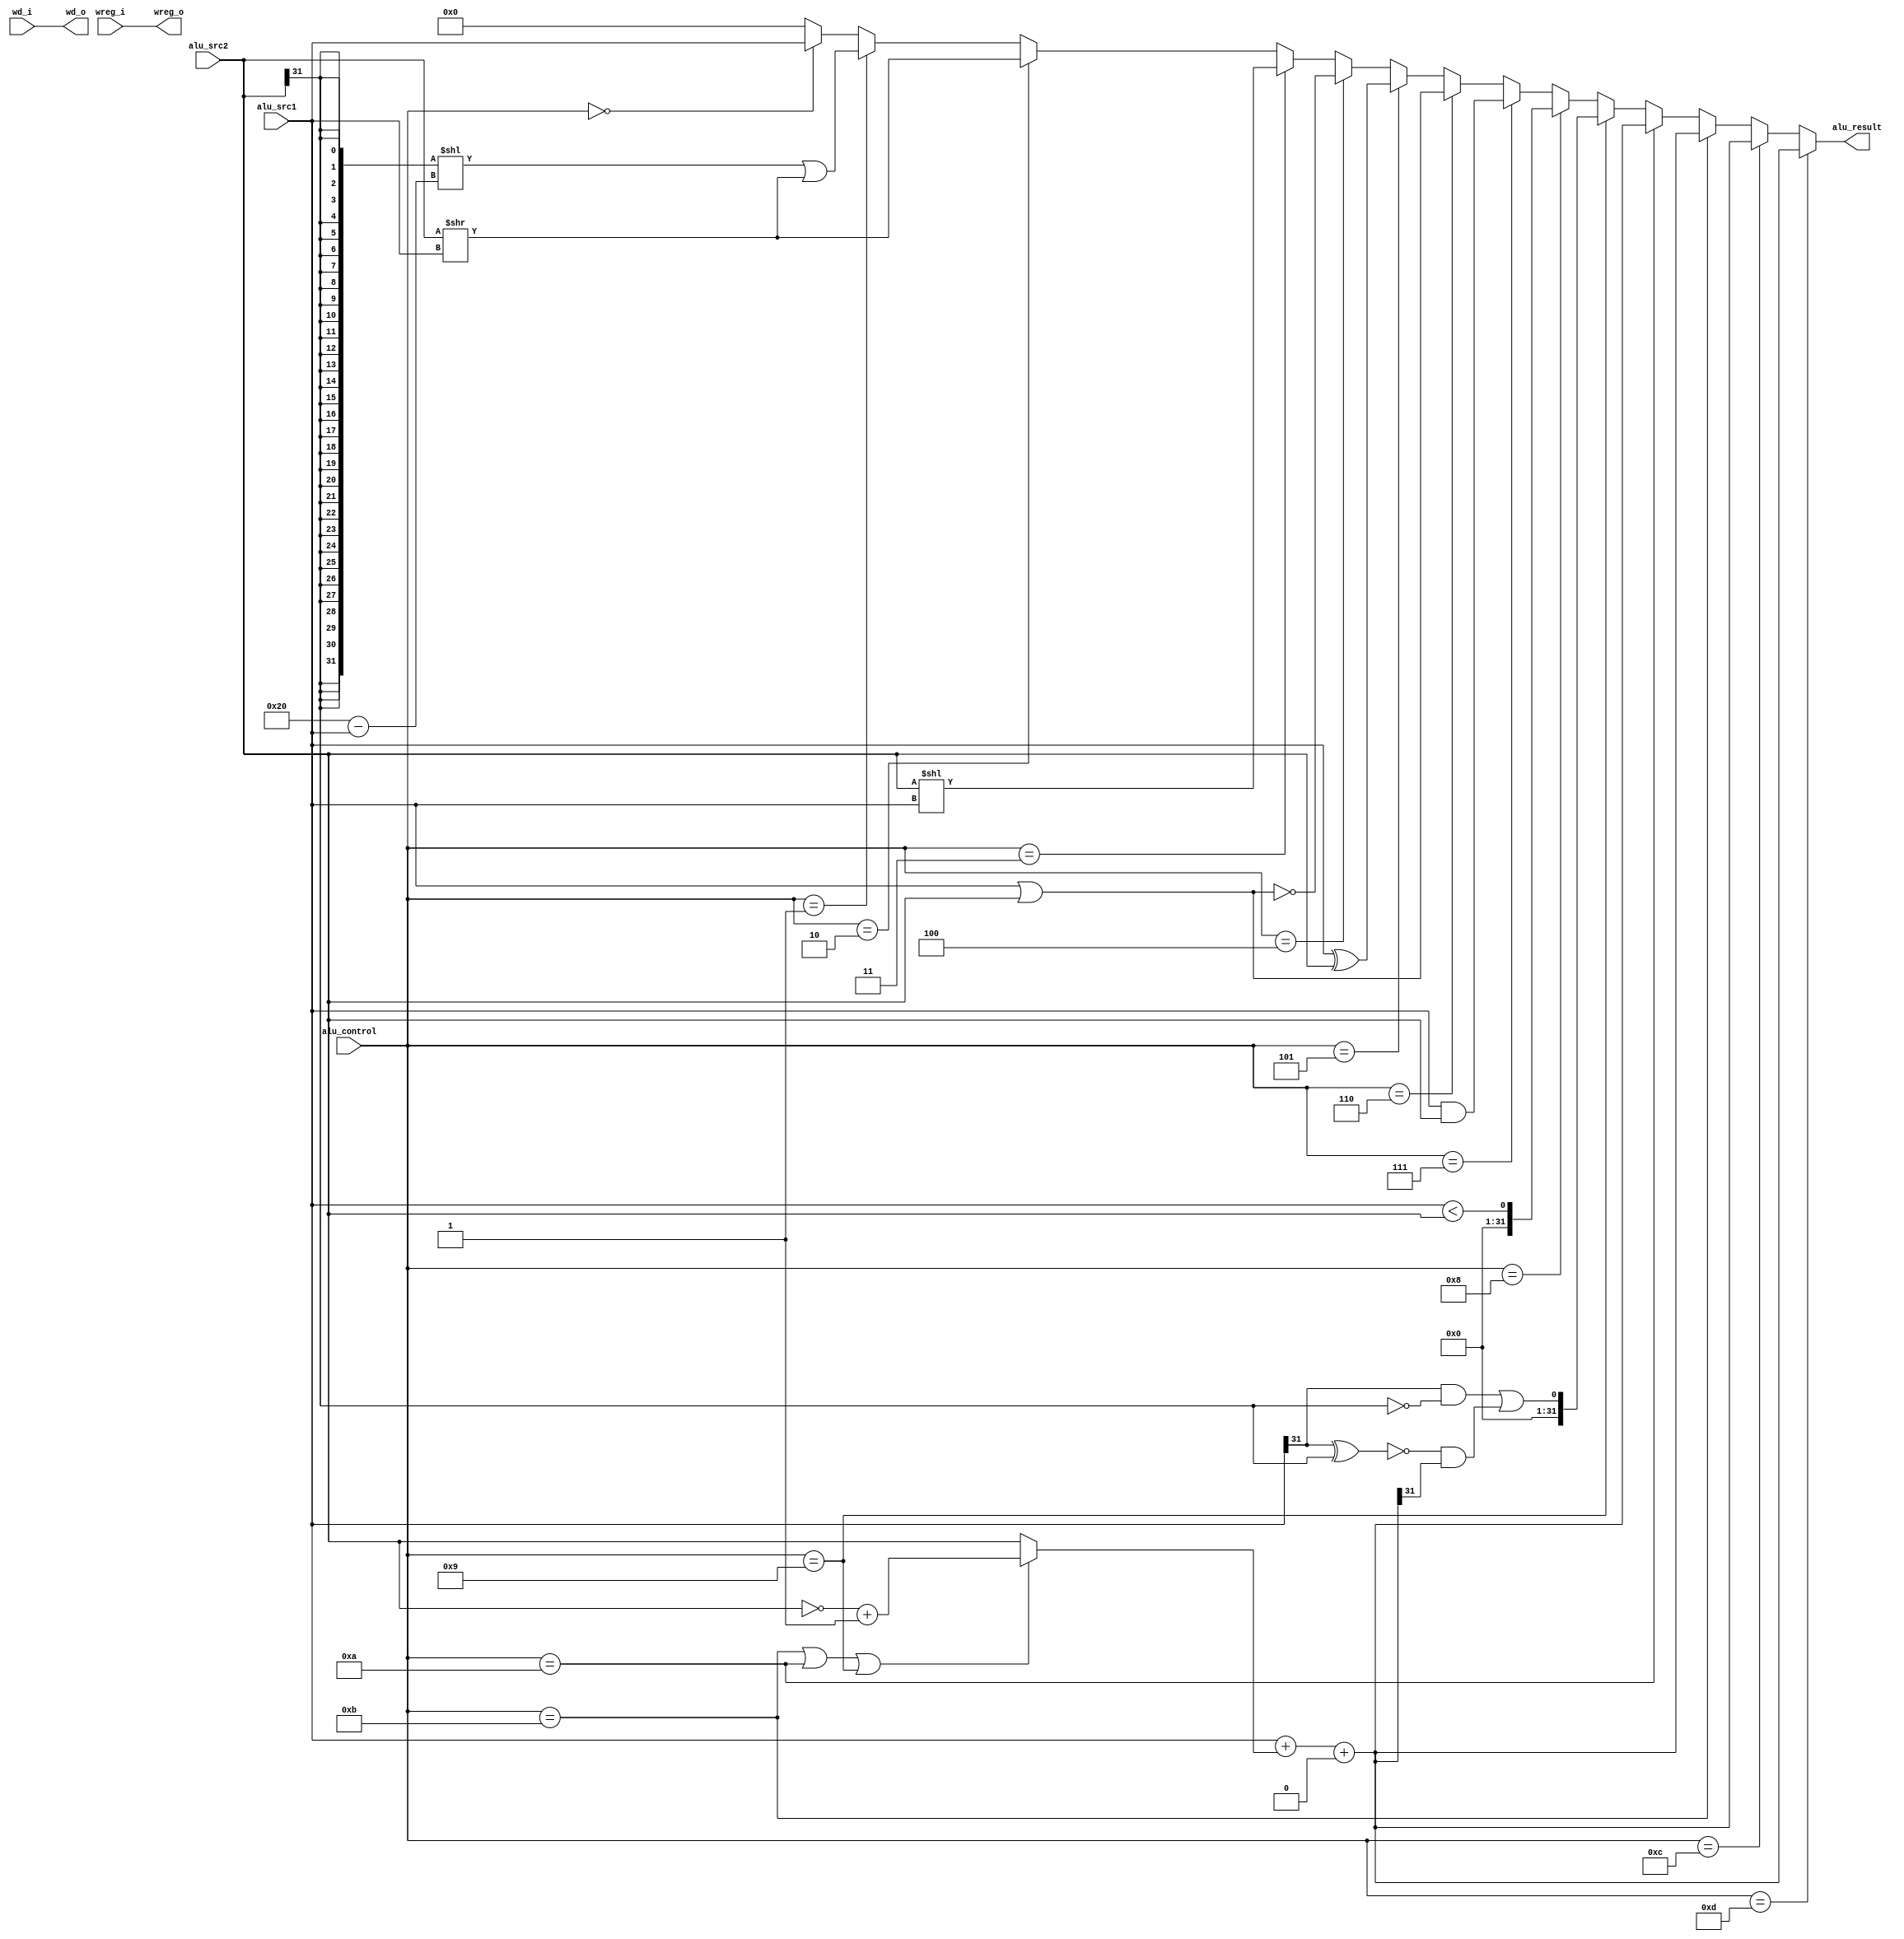
`timescale 1ns / 1ps

module alu(
    input wire[3:0] alu_control,
    input wire[31:0] alu_src1,
    input wire[31:0] alu_src2,
    input wire[4:0] wd_i,
    input wire wreg_i,
    output wire[31:0] alu_result,
    output wire[4:0] wd_o,
    output wire wreg_o
    );
    assign wd_o=wd_i;
    assign wreg_o=wreg_i;
    wire[31:0] add_sub_result;
    wire[31:0] slt_result;
    wire[31:0] sltu_result;
    wire[31:0] and_result;
    wire[31:0] or_result;
    wire[31:0] xor_result;
    wire[31:0] nor_result;
    wire[31:0] sll_result;
    wire[31:0] srl_result;
    wire[31:0] sra_result;
    wire[31:0] lui_result;
    assign sltu_result[31:1]=31'b0;
    assign sltu_result[0]=(alu_src1<alu_src2);
    
    assign and_result=alu_src1&alu_src2;
    assign or_result=alu_src1|alu_src2;
    assign xor_result=alu_src1^alu_src2;
    assign nor_result=~(alu_src1|alu_src2);
    assign sll_result=alu_src2<<alu_src1;
    assign srl_result=alu_src2>>alu_src1;
    assign lui_result=alu_src1;
    assign sra_result=({32{alu_src2[31]}}<<(32'd32-alu_src1))
                        |(alu_src2>>alu_src1);
    wire[31:0] adder_result;
    wire adder_cout;
    wire adder_cin;
    wire[31:0] adder_a;
    wire[31:0] adder_b;
    assign adder_a=alu_src1;
    assign adder_b=(alu_control==11)||
                    (alu_control==10)||
                    (alu_control==9)?
                    ~alu_src2+1:alu_src2;
    assign adder_cin=0;
    assign {adder_cout,adder_result}
    =adder_a+adder_b+adder_cin;
    
    assign add_sub_result=adder_result;
    assign slt_result[31:1]=31'b0;
    assign slt_result[0]=(alu_src1[31]&&~alu_src2[31])
                        ||(~(alu_src1[31]^alu_src2[31])
                            &&adder_result[31]);
    assign alu_result=(alu_control==13)?add_sub_result:
                        (alu_control==12)?add_sub_result:
                        (alu_control==11)?add_sub_result:
                        (alu_control==10)?add_sub_result:
                        (alu_control==9)?slt_result:
                        (alu_control==8)?sltu_result:
                        (alu_control==7)?and_result:
                        (alu_control==6)?or_result:
                        (alu_control==5)?xor_result:
                        (alu_control==4)?nor_result:
                        (alu_control==3)?sll_result:
                        (alu_control==2)?srl_result:
                        (alu_control==1)?sra_result:
                        (alu_control==0)?lui_result:
                        32'd0;
    
endmodule